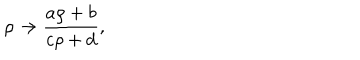
LaTeX: \rho \rightarrow \frac { a \rho + b } { c \rho + d } ,